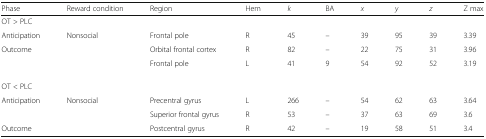
<table><thead><tr><td><b>Phase</b></td><td><b>Reward condition</b></td><td><b>Region</b></td><td><b>Hem</b></td><td><b><i>k</i></b></td><td><b>BA</b></td><td><b><i>x</i></b></td><td><b><i>y</i></b></td><td><b><i>z</i></b></td><td><b>Z max</b></td></tr></thead><tbody><tr><td colspan="10">OT &gt; PLC</td></tr><tr><td>Anticipation</td><td rowspan="3">Nonsocial</td><td>Frontal pole</td><td>R</td><td>45</td><td>–</td><td>39</td><td>95</td><td>39</td><td>3.39</td></tr><tr><td rowspan="2">Outcome</td><td>Orbital frontal cortex</td><td>R</td><td>82</td><td>–</td><td>22</td><td>75</td><td>31</td><td>3.96</td></tr><tr><td>Frontal pole</td><td>L</td><td>41</td><td>9</td><td>54</td><td>92</td><td>52</td><td>3.19</td></tr><tr><td colspan="10">OT &lt; PLC</td></tr><tr><td rowspan="2">Anticipation</td><td rowspan="3">Nonsocial</td><td>Precentral gyrus</td><td>L</td><td>266</td><td>–</td><td>54</td><td>62</td><td>63</td><td>3.64</td></tr><tr><td>Superior frontal gyrus</td><td>R</td><td>53</td><td>–</td><td>37</td><td>63</td><td>69</td><td>3.6</td></tr><tr><td>Outcome</td><td>Postcentral gyrus</td><td>R</td><td>42</td><td>–</td><td>19</td><td>58</td><td>51</td><td>3.4</td></tr></tbody></table>